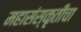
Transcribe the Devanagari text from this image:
महासंस्कृतीचा